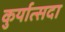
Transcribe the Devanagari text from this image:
कुर्यात्सदा